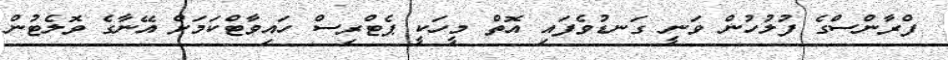
ފްރާންސްގެ ފުލުހުން ވަނީ ގަނޑުވެފައި އޮތް މީހަކީ ޕެޓްރިސް ހައިވާޓްކަމަށް އޭނާގެ ވޮލެޓުން